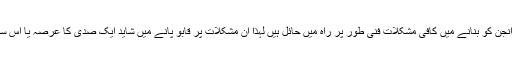
لیکن کیونکہ ضد مادّہ کے انجن کو بنانے میں کافی مشکلات فنی طور پر راہ میں حائل ہیں لہٰذا ان مشکلات پر قابو پانے میں شاید ایک صدی کا عرصہ یا اس سے بھی زیادہ لگ سکتا ہے۔